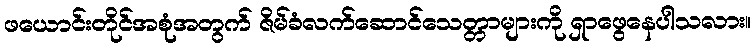
ဖယောင်းတိုင်အစုံအတွက် ဇိမ်ခံလက်ဆောင်သေတ္တာများကို ရှာဖွေနေပါသလား။